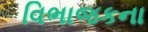
વિભાજકના